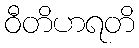
ဝီတိဟရတိ